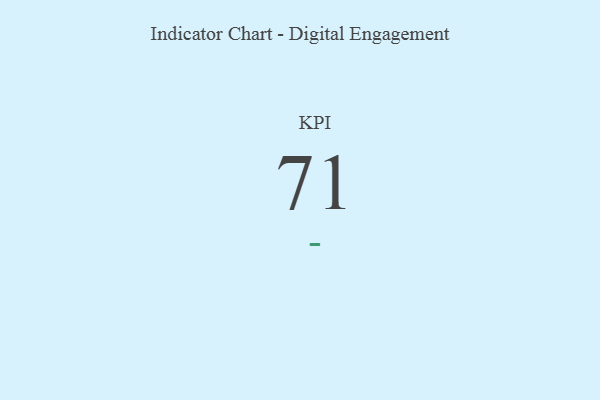
{"axis": {"x": "KPI", "y": "Value"}, "legend": [""], "data": [{"x": "KPI", "y": 71, "type": ""}]}